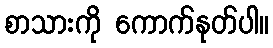
စာသားကို ကောက်နုတ်ပါ။